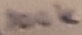
Text: 100K